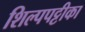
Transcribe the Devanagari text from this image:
शिल्पपट्टीका